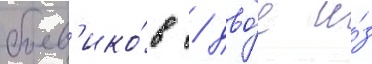
боев'ико́в / дво́е и́з